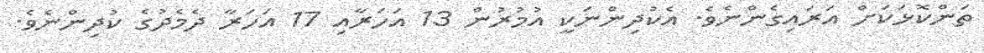
ތަންކޮޅަކަށް އަރައިގެންނެވެ. އެކުދިންނަކީ އުމުރުން 13 އަހަރާއި 17 އަހަރާ ދެމެދުގެ ކުދިންނެވެ.